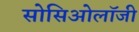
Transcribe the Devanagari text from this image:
सोसिओलॉजी